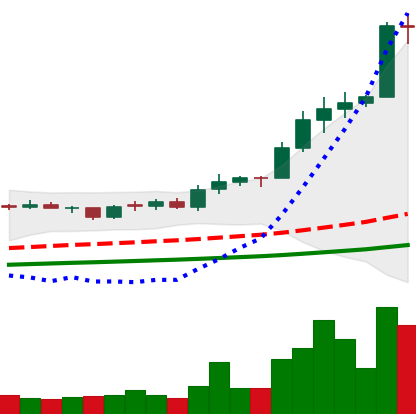
Ticker: ADA-USD
Chart end date: 2021-02-11
Forward return: -6.121%
Label: down_5_7